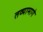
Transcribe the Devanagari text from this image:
तव्यामागे